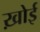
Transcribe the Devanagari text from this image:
ख़ोई